Vaccination North-Western Provinces and Oudh 1896-1901 - 1896-1901
Year: 1896
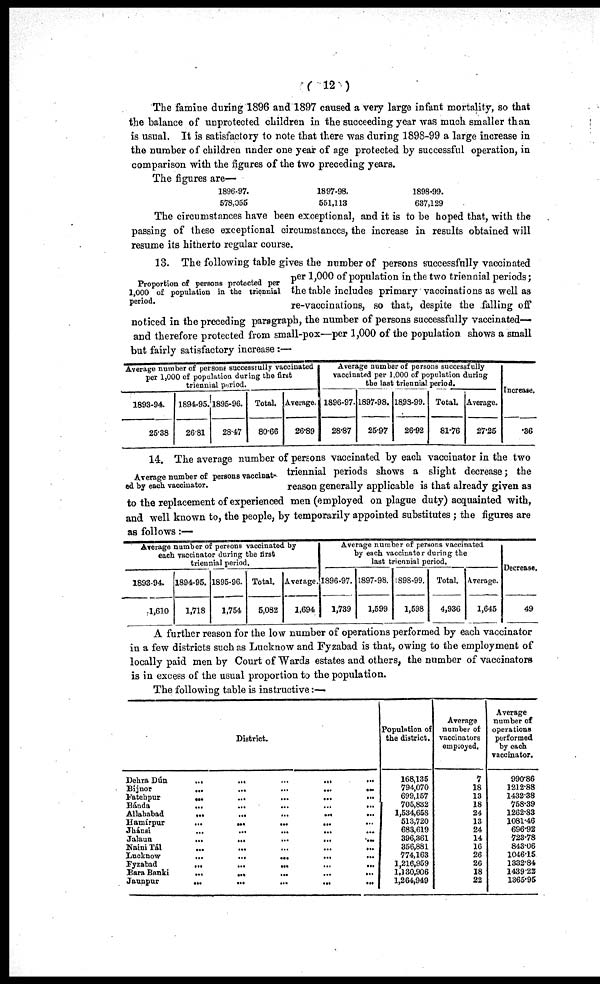
( 12 )
The famine during 1896 and 1897 caused a very large infant mortality, so that
the balance of unprotected children in the succeeding year was much smaller than
is usual. It is satisfactory to note that there was during 1898-99 a large increase in
the number of children under one year of age protected by successful operation, in
comparison with the figures of the two preceding years.
The figures are—
1896-97.
578,055
1897-98.
551,113
1898-99.
637,129
The circumstances have been exceptional, and it is to be hoped that, with the
passing of these exceptional circumstances, the increase in results obtained will
resume its hitherto regular course.
Proportion of persons protected per
1,000 of population in the triennial
period.
13. The following table gives the number of persons successfully vaccinated
per 1,000 of population in the two triennial periods;
the table includes primary vaccinations as well as
re-vaccinations, so that, despite the falling off
noticed in the preceding paragraph, the number of persons successfully vaccinated—
and therefore protected from small-pox—per 1,000 of the population shows a small
but fairly satisfactory increase :—
Average number of persons successfully vaccinated
per 1,000 of population during the first
triennial period.
1893-94.
25.38
1894-95.
26.81
1895-96.
28.47
Total.
80.66
Average.
26.89
Average number of persons successfully
vaccinated per 1,000 of population during
the last triennial period.
1896-97.
28.87
1897-98.
25.97
1858-99.
26.92
Total.
81.76
Average.
27.25
Increase.
.36
Average number of persons vaccinat-
ed by each vaccinator.
14. The average number of persons vaccinated by each vaccinator in the two
triennial periods shows a slight decrease; the
reason generally applicable is that already given as
to the replacement of experienced men (employed on plague duty) acquainted with,
and well known to, the people, by temporarily appointed substitutes ; the figures are
as follows:—
Average number of persons vaccinated by
each vaccinator during the first
triennial period.
1893-94.
1,610
1894-95.
1,718
1895-96.
1,754
Total.
5,082
Average.
1,694
Average number of persons vaccinated
by each vaccinator during the
last triennial period.
1896-97.
1,739
1897-98.
1,599
1898-99.
1,598
Total.
4,936
Average.
1,645
Decrease.
49
A further reason for the low number of operations performed by each vaccinator
in a few districts such as Lucknow and Fyzabad is that, owing to the employment of
locally paid men by Court of Wards estates and others, the number of vaccinators
is in excess of the usual proportion to the population.
The following table is instructive :-—
District.
Dehra Dún
...
...
...
...
...
Bijnor
...
...
...
...
...
Fatehpur
...
...
...
...
...
Bánda ... ... ... ... ...
Allahabad
...
...
...
...
...
Hamírpur
...
...
...
...
...
Jhánsi
...
...
...
...
...
Jalaun
...
...
...
...
...
Naini Tál
...
...
...
...
...
Lucknow
...
...
...
...
...
Fyzabad
...
...
...
...
...
Bara Banki
...
...
...
...
...
Jaunpur ... ... ... ... ...
Population of
the district.
168,135
794,070
699,157
705,832
1,534,658
513,720
683,619
396,361
356,881
774,163
1,216,959
1,130,906
1,264,949
Average
number of
vaccinators
employed.
7
18
13
18
24
13
24
14
16
26
26
18
22
Average
number of
operations
performed
by each
vaccinator.
990.86
1212.88
1432.38
758.39
1262.83
1081.46
696.92
723.78
843.06
1046.15
1332.84
1439.22
1365.95